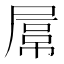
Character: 𡲻